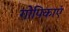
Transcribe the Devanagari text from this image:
गोपिकाएं